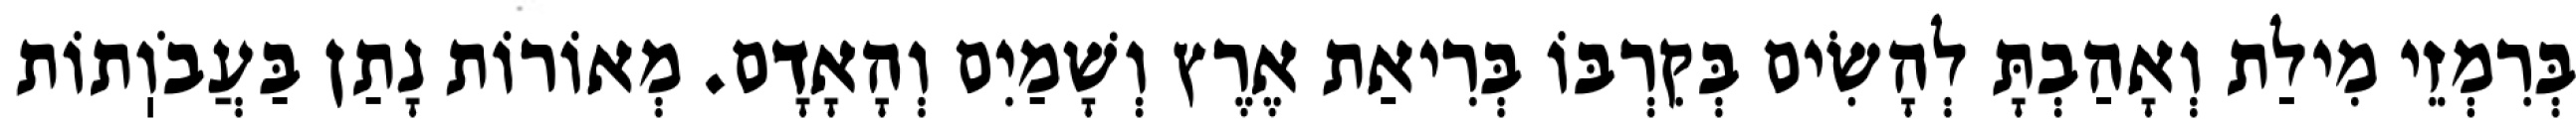
בְּרִמְזֵי מִילַת וְאָהַבְתָּ לְהָשִׂים בְּקִרְבּוֹ בְּרִיאַת אֶרֶץ וְשָׁמַיִם וְהָאָדָם. מְאוֹרוֹת נָתַן בַּעֲבֹוֽתוֹת